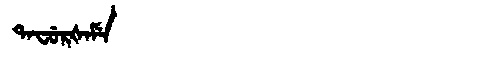
Manchu: ᡨᠠᠸᡠᡵᡧᠠᠮᡝ
Romanization: TAFURŠAME